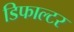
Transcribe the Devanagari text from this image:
डिफाल्टर